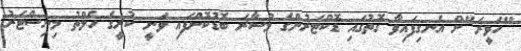
"ހަވީރަ"ށް އެނގިފައިވާ ގޮތުގައި ޑޮކްޓަރުންގެ މުސާރަ ބޮޑުކޮށްފައި ވަނީ ކުރީގެ ހެލްތު މިނިސްޓަރު